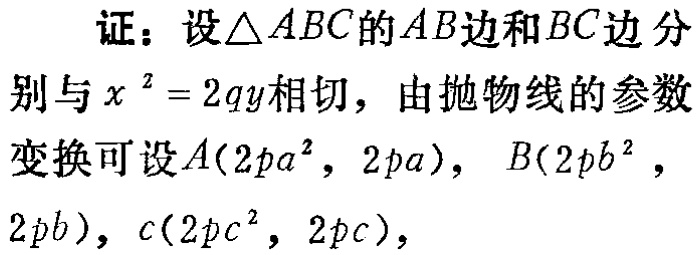
证：设$\triangle ABC$的$AB$边和$BC$边分别与$x^{2}=2qy$相切，由抛物线的参数变换可设$A(2pa^{2},2pa)$，$B(2pb^{2},2pb)$，$c(2pc^{2},2pc)$，